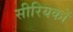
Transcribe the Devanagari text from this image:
सीरियकों